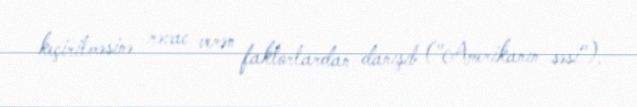
keçirilməsinə rəvac verən faktorlardan danışıb ("Amerikanın səsi").